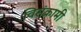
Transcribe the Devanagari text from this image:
विसंक्रामी